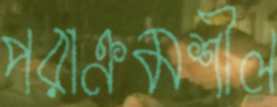
পরাক্রমশীল